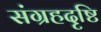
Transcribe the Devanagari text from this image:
संग्रहदृष्टि